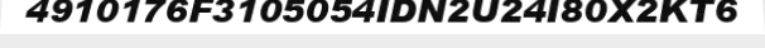
4910176F3105054IDN2U24I80X2KT6